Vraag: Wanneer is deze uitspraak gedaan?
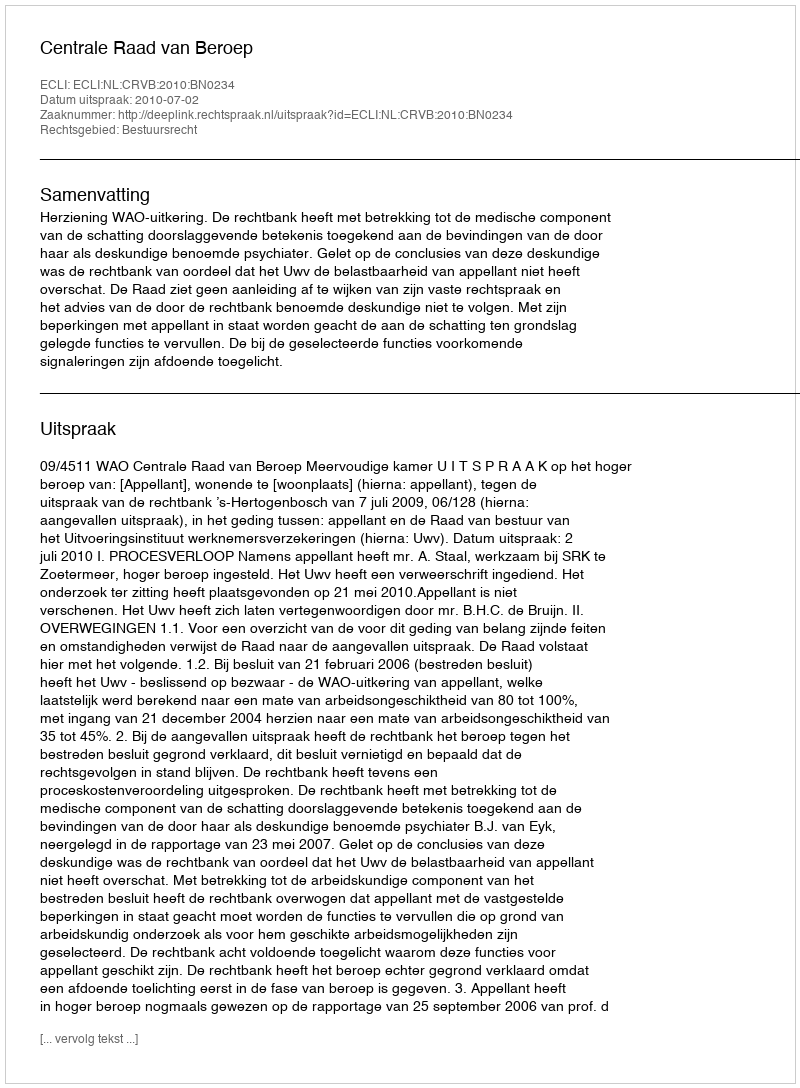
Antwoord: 2010-07-02